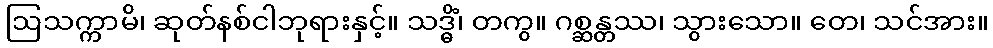
ဩသက္ကာမိ၊ ဆုတ်နစ်ငါဘုရားနှင့်။ သဒ္ဓိံ၊ တကွ။ ဂစ္ဆန္တဿ၊ သွားသော။ တေ၊ သင်အား။